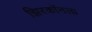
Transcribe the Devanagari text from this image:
झिरकॉनला